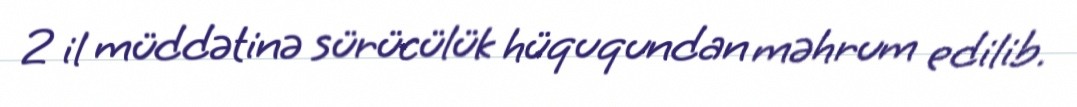
2 il müddətinə sürücülük hüququndan məhrum edilib.